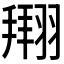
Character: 𫅫